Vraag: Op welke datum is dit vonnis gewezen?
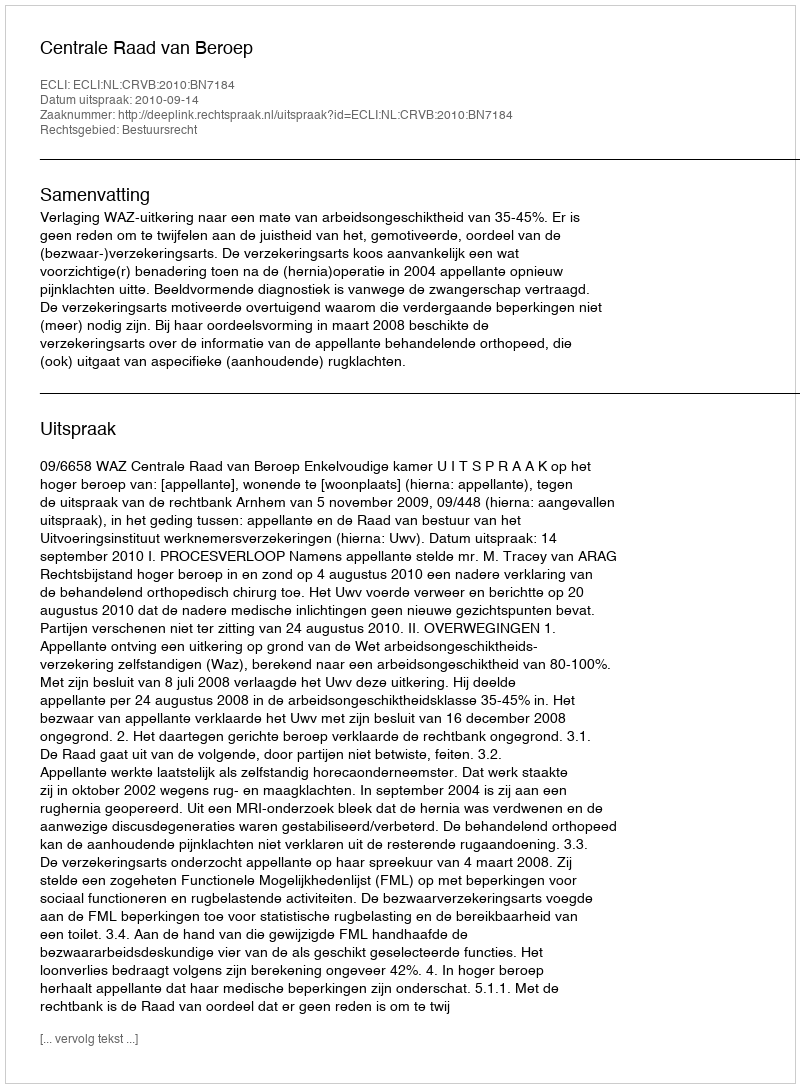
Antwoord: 2010-09-14